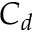
C _ { d }